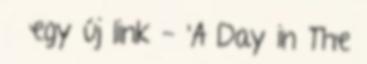
» egy új link - 'A Day in The